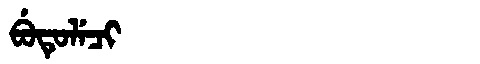
Manchu: ᠪᡠᡨᡠᠯᡝᠴᡳ
Romanization: BUTULECI